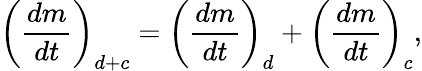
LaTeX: \left(\frac{dm}{dt}\right)_{d+c}=\left(\frac{dm}{dt}\right)_{d}+\left(\frac{dm}{dt}\right)_{c},